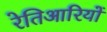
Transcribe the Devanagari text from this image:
रेतिआरियों